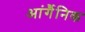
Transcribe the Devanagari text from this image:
आंर्गैनिक